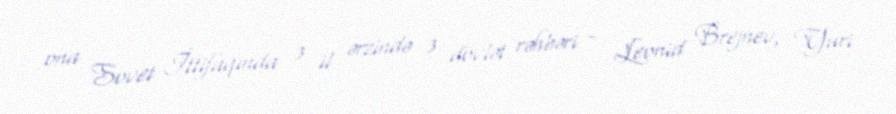
ona Sovet İttifaqında 3 il ərzində 3 dövlət rəhbəri - Leonid Brejnev, Yuri